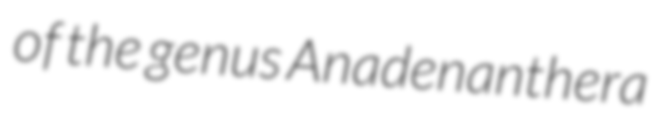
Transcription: of the genus Anadenanthera